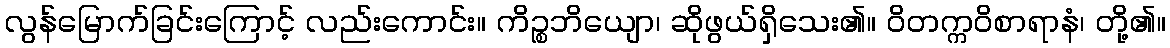
လွန်မြောက်ခြင်းကြောင့် လည်းကောင်း။ ကိဉ္စဘိယျော၊ ဆိုဖွယ်ရှိသေး၏။ ဝိတက္ကဝိစာရာနံ၊ တို့၏။